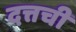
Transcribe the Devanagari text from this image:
दत्तची